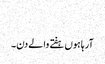
​
آرہا ہوں ہفتے والے دن۔